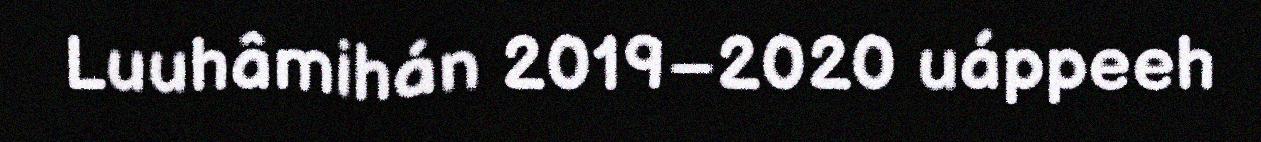
Luuhâmihán 2019–2020 uáppeeh